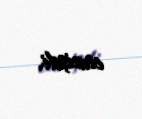
etmişdi.